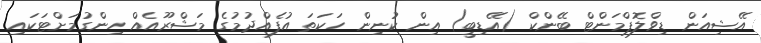
އޭޝިއަން ޑިވްލޮޕްމަންޓް ބޭންކް (އޭޑިބީ) އިން ކުނިން ހަކަތަ އުފެއްދުމުގެ މަޝްރޫއެއް ހިންގުމަށްޓަކައި